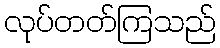
လုပ်တတ်ကြသည်